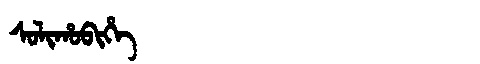
Manchu: ᠰᠣᠯᡳᡥᠣᠪᡳᡥᡝ
Romanization: SOLIHOBIHE